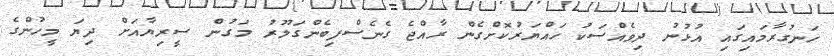
ހަނގުރާމައިގައި އުޅުނު ދިވެއްސަކު ހައްޔަރުކޮށްގެން ރާއްޖެ ގެނެސްފިބެންގަލޫރު މަގުން ސީރިޔާއަށް ދިޔަ މީހުންގެ